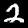
Digit: 2